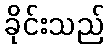
ခိုင်းသည်